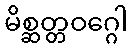
မိစ္ဆတ္တဝဂ္ဂေါ